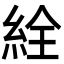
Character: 絟